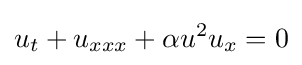
u_{t}+u_{xxx}+\alpha u^{2}u_{x}=0